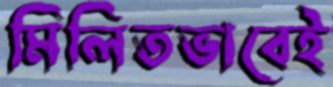
মিলিতভাবেই